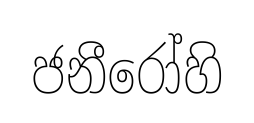
ජනීරෝහි